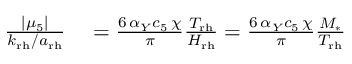
\begin{array} { r l } { \frac { \left| \mu _ { 5 } \right| } { k _ { \mathrm { r h } } / a _ { \mathrm { r h } } } } & { { } = \frac { 6 \, \alpha _ { Y } c _ { 5 } \, \chi } { \pi } \frac { T _ { \mathrm { r h } } } { H _ { \mathrm { r h } } } = \frac { 6 \, \alpha _ { Y } c _ { 5 } \, \chi } { \pi } \frac { M _ { * } } { T _ { \mathrm { r h } } } } \end{array}